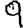
Digit: 9